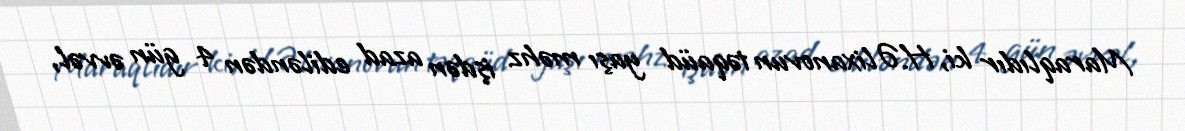
Maraqlıdır ki, H.Əlixanovun təqaüd yaşı məhz işdən azad ediləndən 4 gün əvvəl,